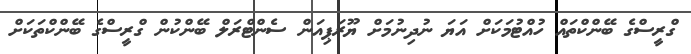
ގްރީސްގެ ބޭންކްތައް ހުއްޓުމަކަށް އަޔަ ނުދިނުމަށް ޔޫރަޕިއަން ސެންޓްރަލް ބޭންކުން ގްރީސްގެ ބޭންކްތަކަށް